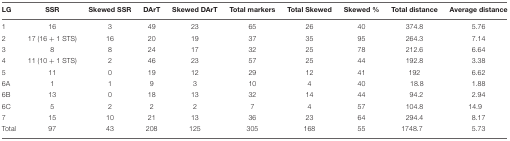
<table><thead><tr><td><b>LG</b></td><td><b>SSR</b></td><td><b>Skewed SSR</b></td><td><b>DArT</b></td><td><b>Skewed DArT</b></td><td><b>Total markers</b></td><td><b>Total Skewed</b></td><td><b>Skewed %</b></td><td><b>Total distance</b></td><td><b>Average distance</b></td></tr></thead><tbody><tr><td>1</td><td>16</td><td>3</td><td>49</td><td>23</td><td>65</td><td>26</td><td>40</td><td>374.8</td><td>5.76</td></tr><tr><td>2</td><td>17 (16 + 1 STS)</td><td>16</td><td>20</td><td>19</td><td>37</td><td>35</td><td>95</td><td>264.3</td><td>7.14</td></tr><tr><td>3</td><td>8</td><td>8</td><td>24</td><td>17</td><td>32</td><td>25</td><td>78</td><td>212.6</td><td>6.64</td></tr><tr><td>4</td><td>11 (10 + 1 STS)</td><td>2</td><td>46</td><td>23</td><td>57</td><td>25</td><td>44</td><td>192.8</td><td>3.38</td></tr><tr><td>5</td><td>11</td><td>0</td><td>19</td><td>12</td><td>29</td><td>12</td><td>41</td><td>192</td><td>6.62</td></tr><tr><td>6A</td><td>1</td><td>1</td><td>9</td><td>3</td><td>10</td><td>4</td><td>40</td><td>18.8</td><td>1.88</td></tr><tr><td>6B</td><td>13</td><td>0</td><td>18</td><td>13</td><td>32</td><td>14</td><td>44</td><td>94.2</td><td>2.94</td></tr><tr><td>6C</td><td>5</td><td>2</td><td>2</td><td>2</td><td>7</td><td>4</td><td>57</td><td>104.8</td><td>14.9</td></tr><tr><td>7</td><td>15</td><td>10</td><td>21</td><td>13</td><td>36</td><td>23</td><td>64</td><td>294.4</td><td>8.17</td></tr><tr><td>Total</td><td>97</td><td>43</td><td>208</td><td>125</td><td>305</td><td>168</td><td>55</td><td>1748.7</td><td>5.73</td></tr></tbody></table>